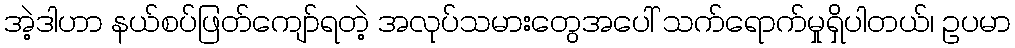
အဲ့ဒါဟာ နယ်စပ်ဖြတ်ကျော်ရတဲ့ အလုပ်သမားတွေအပေါ် သက်ရောက်မှုရှိပါတယ်၊ ဥပမာ